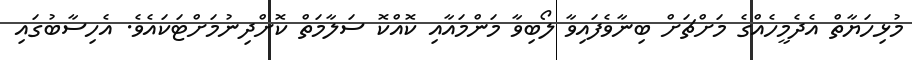
މުޅިހަޔާތް އެދެމީހެއްގެ މަށްޗަށް ބިނާވެފައިވާ ލޯބިވާ މަންމައާއި ކޮއްްކޮ ސަލާމަތް ކޮށްދިނުމަށްޓަކައެވެ. އެހިސާބުގައި